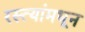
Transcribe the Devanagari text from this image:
रस्त्यांमधून